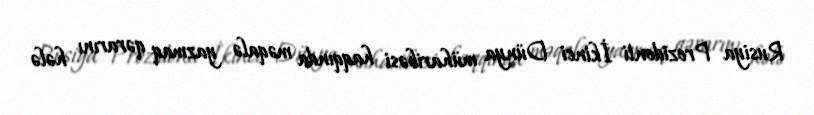
Rusiya Prezidenti İkinci Dünya müharibəsi haqqında məqalə yazmaq qərarını hələ